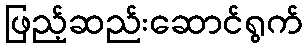
ဖြည့်ဆည်းဆောင်ရွက်